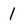
Character: 1